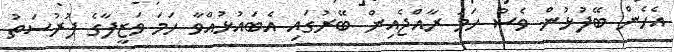
އެހެން ބޭފުޅުން ވެސް ހަމަ ރާއްޖެއިން ބޭރުގައި އެބައުޅުއްވާ ހަމަ ވަޒީފާގެ ފުރުސަތު